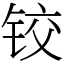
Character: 铰